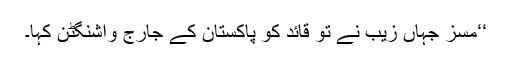
‘‘مسز جہاں زیب نے تو قائد کو پاکستان کے جارج واشنگٹن کہا۔